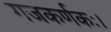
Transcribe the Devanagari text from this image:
गजकर्णकः।